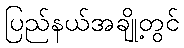
ပြည်နယ်အချို့တွင်